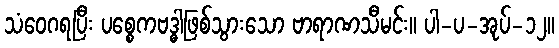
သံဝေဂရပြီး ပစ္စေကဗဒ္ဓါဖြစ်သွားသော ဗာရာဏသီမင်း။ ပါ-ပ-အုပ်-၁၂။